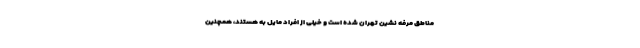
مناطق مرفه نشین تهران شده است و خیلی از افراد مایل به هستند، همچنین